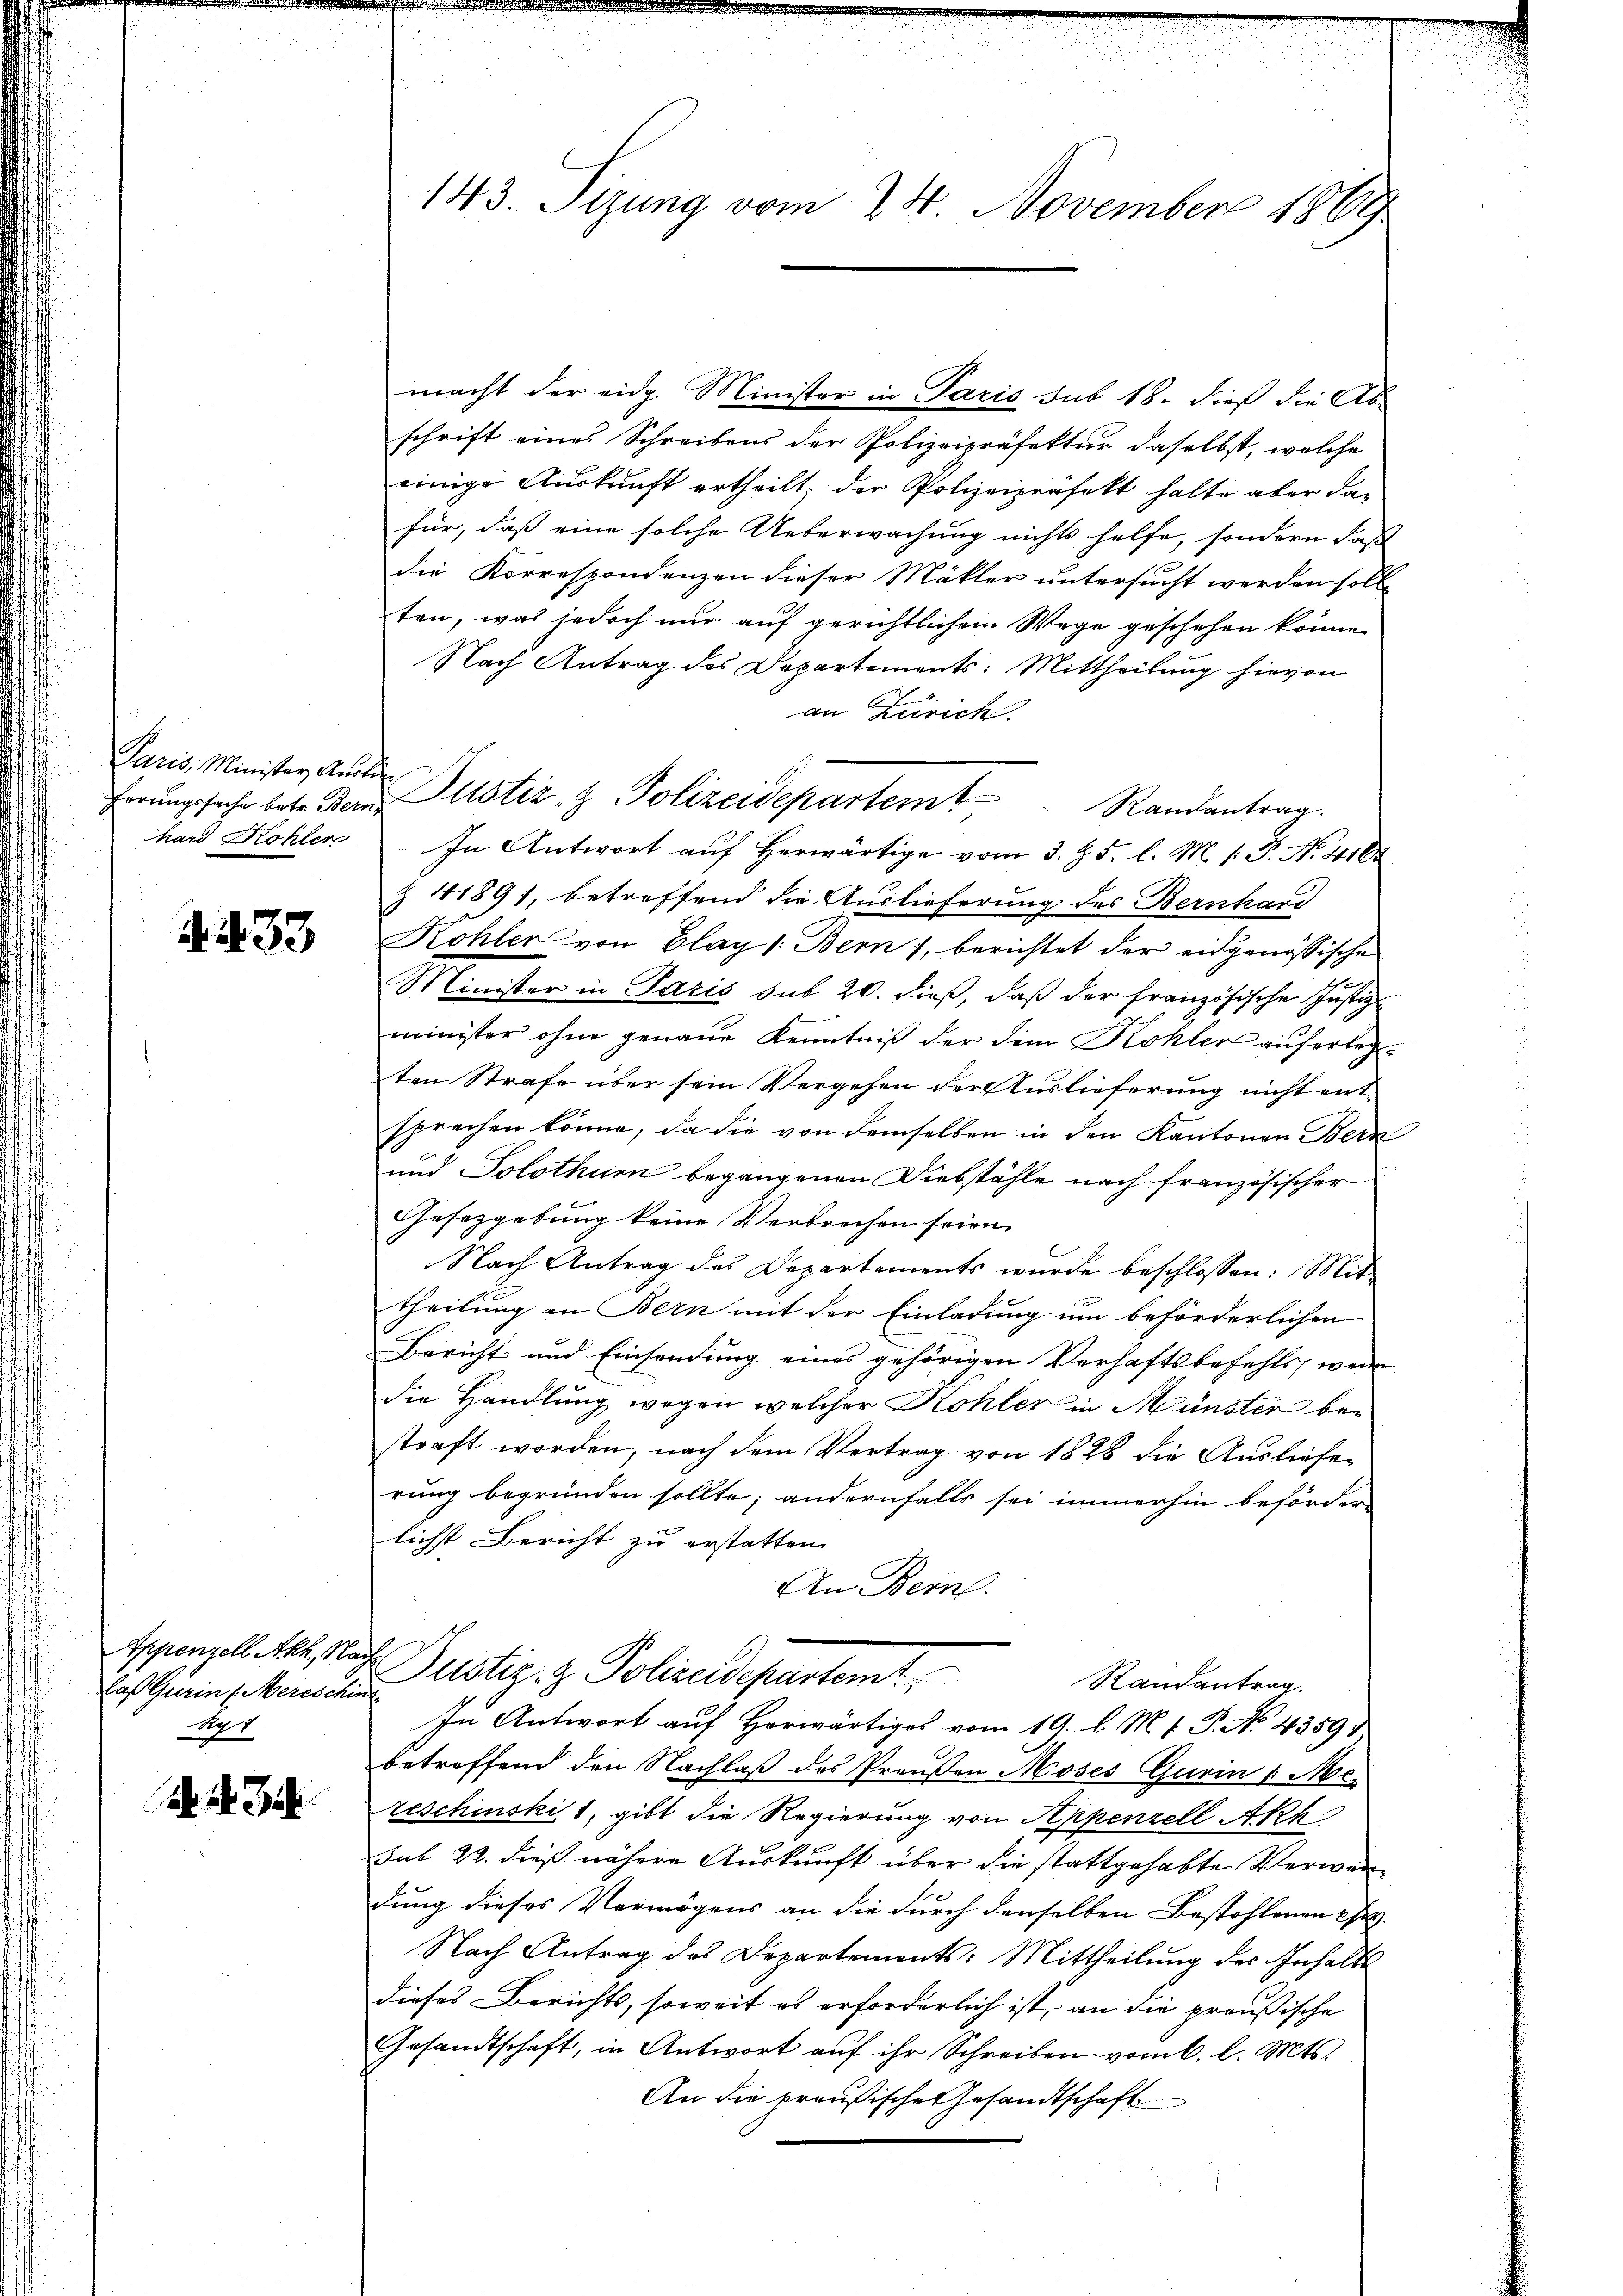
Paris, Minister Auslie
hard Röhler

A. 233

laß Gurin s. Mereschint
No.4

2. d. Geb

143. Sizung vom 24. November 1869

macht der eidg. Minister in Paris sub 18. dieß die Abschrift eines Schreibens der Polizeipräfektur daselbst, welche
einige Auskunft ertheilt, der Polizeipräfekt halte aber dafür, daß eine solche Ueberwachung nichts helfe, sondern daß
die Korrespondenzen dieser Mäkler untersucht werden soll,
ten, was jedoch nur auf gerichtlichem Wege geschehen könne
Nach Antrag des Departements: Mittheilung hievon
an Zürich
In Antwort auf herwärtige vom 3. 85. l. M. s P. No. 4102
Z. 41891, betreffend die Auslieferung des Bernhard
Kohler von Glay 1: Bern 1, berichtet der eidgenössische
Minister in Paris sub 20. dieß, daß der französischen Justiz-
minister ohne genaue Kenntniß der dem Kohler auferlegten Strafe über sein Vergehen der Auslieferung nicht entsprechen könne, da die von demselben in den Kantonen Bern
und Solothur begangenen Diebstähle nach französischer
Gesetzgebung keine Verbrechen seien.
Nach Antrag des Departements wurde beschlossen: Mit-
theilung an Bern mit der Einladung um beförderlichen
Bericht und Einsendung eines gehörigen Verhaftsbefehls, wenn
die Handlung wegen welcher Kohler in Münster bestraft worden, nach dem Vertrag von 1826 die Ausliefen
rung begründen sollte; andernfalls sei immerhin beförder
lichst Bericht zu erstatten.
An Bern.

Ferŭngsache betr. Bern Zustiz- & Polizeidepartem Randantrag.

Appenzell Ach, Nach Justiz- & Polizeidepartemt
Randantrag.
In Antwort auf Horwärtiges vom 19. l. M. v. P. No. 4359

betreffend den Nachlaß des Preußen Moses Gurin /: Meteschinski 1, gibt die Regierung von Appenzell Akk
sub 22. dieß nähere Auskunft über die stattgehabte Verwardung dieses Vermögens an die durch denselben Bestohlenen
Nach Antrag des Departements: Mittheilung der Inhalts
dieses Berichts, soweit es erforderlich ist, an die preußische
Gesandtschaft, in Antwort auf ihr Schreiben vom 6. l. Mts.
An die preußische Gesandtschaft